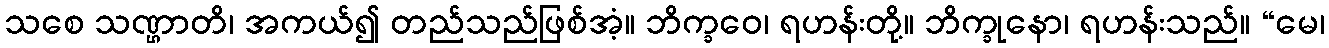
သစေ သဏ္ဌာတိ၊ အကယ်၍ တည်သည်ဖြစ်အံ့။ ဘိက္ခဝေ၊ ရဟန်းတို့။ ဘိက္ခုနော၊ ရဟန်းသည်။ “မေ၊